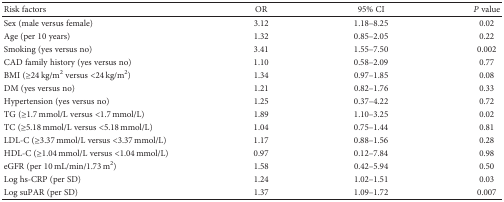
<table><thead><tr><td><b>Risk factors</b></td><td><b>OR</b></td><td><b>95% CI</b></td><td><b><i>P</i> value</b></td></tr></thead><tbody><tr><td>Sex (male versus female)</td><td>3.12</td><td>1.18–8.25</td><td>0.02</td></tr><tr><td>Age (per 10 years)</td><td>1.32</td><td>0.85–2.05</td><td>0.22</td></tr><tr><td>Smoking (yes versus no)</td><td>3.41</td><td>1.55–7.50</td><td>0.002</td></tr><tr><td>CAD family history (yes versus no)</td><td>1.10</td><td>0.58–2.09</td><td>0.77</td></tr><tr><td>BMI (≥24 kg/m<sup>2</sup> versus &lt;24 kg/m<sup>2</sup>)</td><td>1.34</td><td>0.97–1.85</td><td>0.08</td></tr><tr><td>DM (yes versus no)</td><td>1.21</td><td>0.82–1.76</td><td>0.33</td></tr><tr><td>Hypertension (yes versus no)</td><td>1.25</td><td>0.37–4.22</td><td>0.72</td></tr><tr><td>TG (≥1.7 mmol/L versus &lt;1.7 mmol/L)</td><td>1.89</td><td>1.10–3.25</td><td>0.02</td></tr><tr><td>TC (≥5.18 mmol/L versus &lt;5.18 mmol/L)</td><td>1.04</td><td>0.75–1.44</td><td>0.81</td></tr><tr><td>LDL-C (≥3.37 mmol/L versus &lt;3.37 mmol/L)</td><td>1.17</td><td>0.88–1.56</td><td>0.28</td></tr><tr><td>HDL-C (≥1.04 mmol/L versus &lt;1.04 mmol/L)</td><td>0.97</td><td>0.12–7.84</td><td>0.98</td></tr><tr><td>eGFR (per 10 mL/min/1.73 m<sup>2</sup>)</td><td>1.58</td><td>0.42–5.94</td><td>0.50</td></tr><tr><td>Log hs-CRP (per SD)</td><td>1.24</td><td>1.02–1.51</td><td>0.03</td></tr><tr><td>Log suPAR (per SD)</td><td>1.37</td><td>1.09–1.72</td><td>0.007</td></tr></tbody></table>